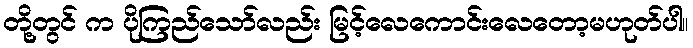
တို့တွင် က ပိုကြည်သော်လည်း မြင့်လေကောင်းလေတော့မဟုတ်ပါ။